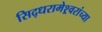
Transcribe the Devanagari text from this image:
सिद्धरामेश्र्वरांच्या